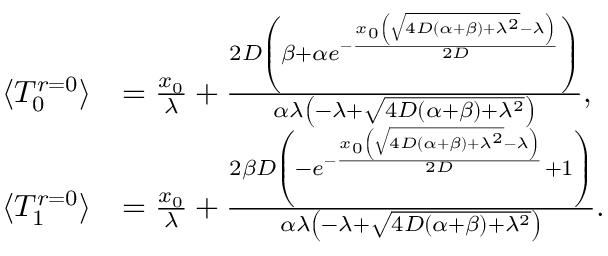
\begin{array} { r l } { \langle T _ { 0 } ^ { r = 0 } \rangle } & { = \frac { x _ { 0 } } { \lambda } + \frac { 2 D \left( \beta + \alpha e ^ { - \frac { x _ { 0 } \left( \sqrt { 4 D ( \alpha + \beta ) + \lambda ^ { 2 } } - \lambda \right) } { 2 D } } \right) } { \alpha \lambda \left( - \lambda + \sqrt { 4 D ( \alpha + \beta ) + \lambda ^ { 2 } } \right) } , } \\ { \langle T _ { 1 } ^ { r = 0 } \rangle } & { = \frac { x _ { 0 } } { \lambda } + \frac { 2 \beta D \left( - e ^ { - \frac { x _ { 0 } \left( \sqrt { 4 D ( \alpha + \beta ) + \lambda ^ { 2 } } - \lambda \right) } { 2 D } } + 1 \right) } { \alpha \lambda \left( - \lambda + \sqrt { 4 D ( \alpha + \beta ) + \lambda ^ { 2 } } \right) } . } \end{array}